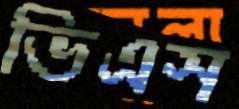
ভিএস